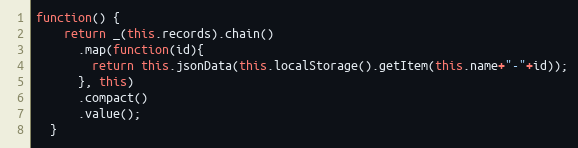
Language: JavaScript
function() {
    return _(this.records).chain()
      .map(function(id){
        return this.jsonData(this.localStorage().getItem(this.name+"-"+id));
      }, this)
      .compact()
      .value();
  }